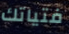
فتياتك